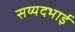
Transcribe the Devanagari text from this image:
सय्यदभाई